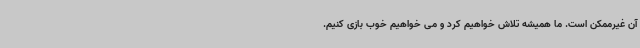
آن غیرممکن است. ما همیشه تلاش خواهیم کرد و می خواهیم خوب بازی کنیم.